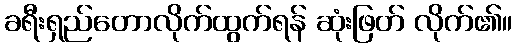
ခရီးရှည်တောလိုက်ထွက်ရန် ဆုံးဖြတ် လိုက်၏။